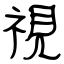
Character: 視